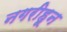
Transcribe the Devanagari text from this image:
नगरीहून